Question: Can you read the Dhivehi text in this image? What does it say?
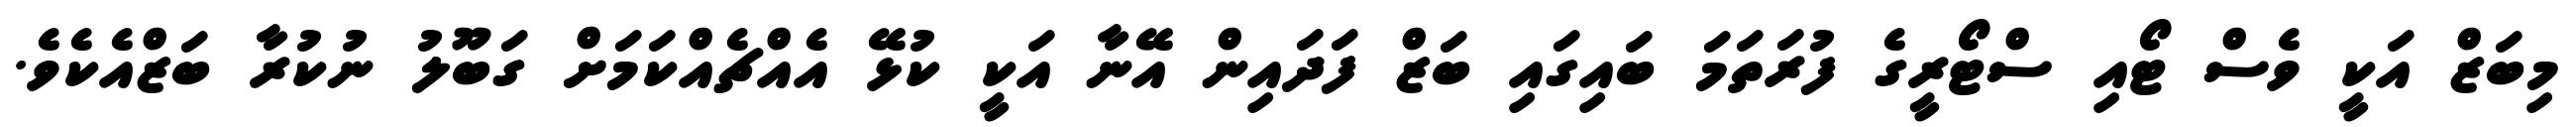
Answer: މިބަޒް އަކީ ވެސް ޓޯއި ސްޓޯރީގެ ފުރަތަމަ ބައިގައި ބަޒް ފަދައިން އޭނާ އަކީ ކުޅޭ އެއްޗެއްކަމަށް ގަބޫލު ނުކުރާ ބަޒްއެކެވެ.